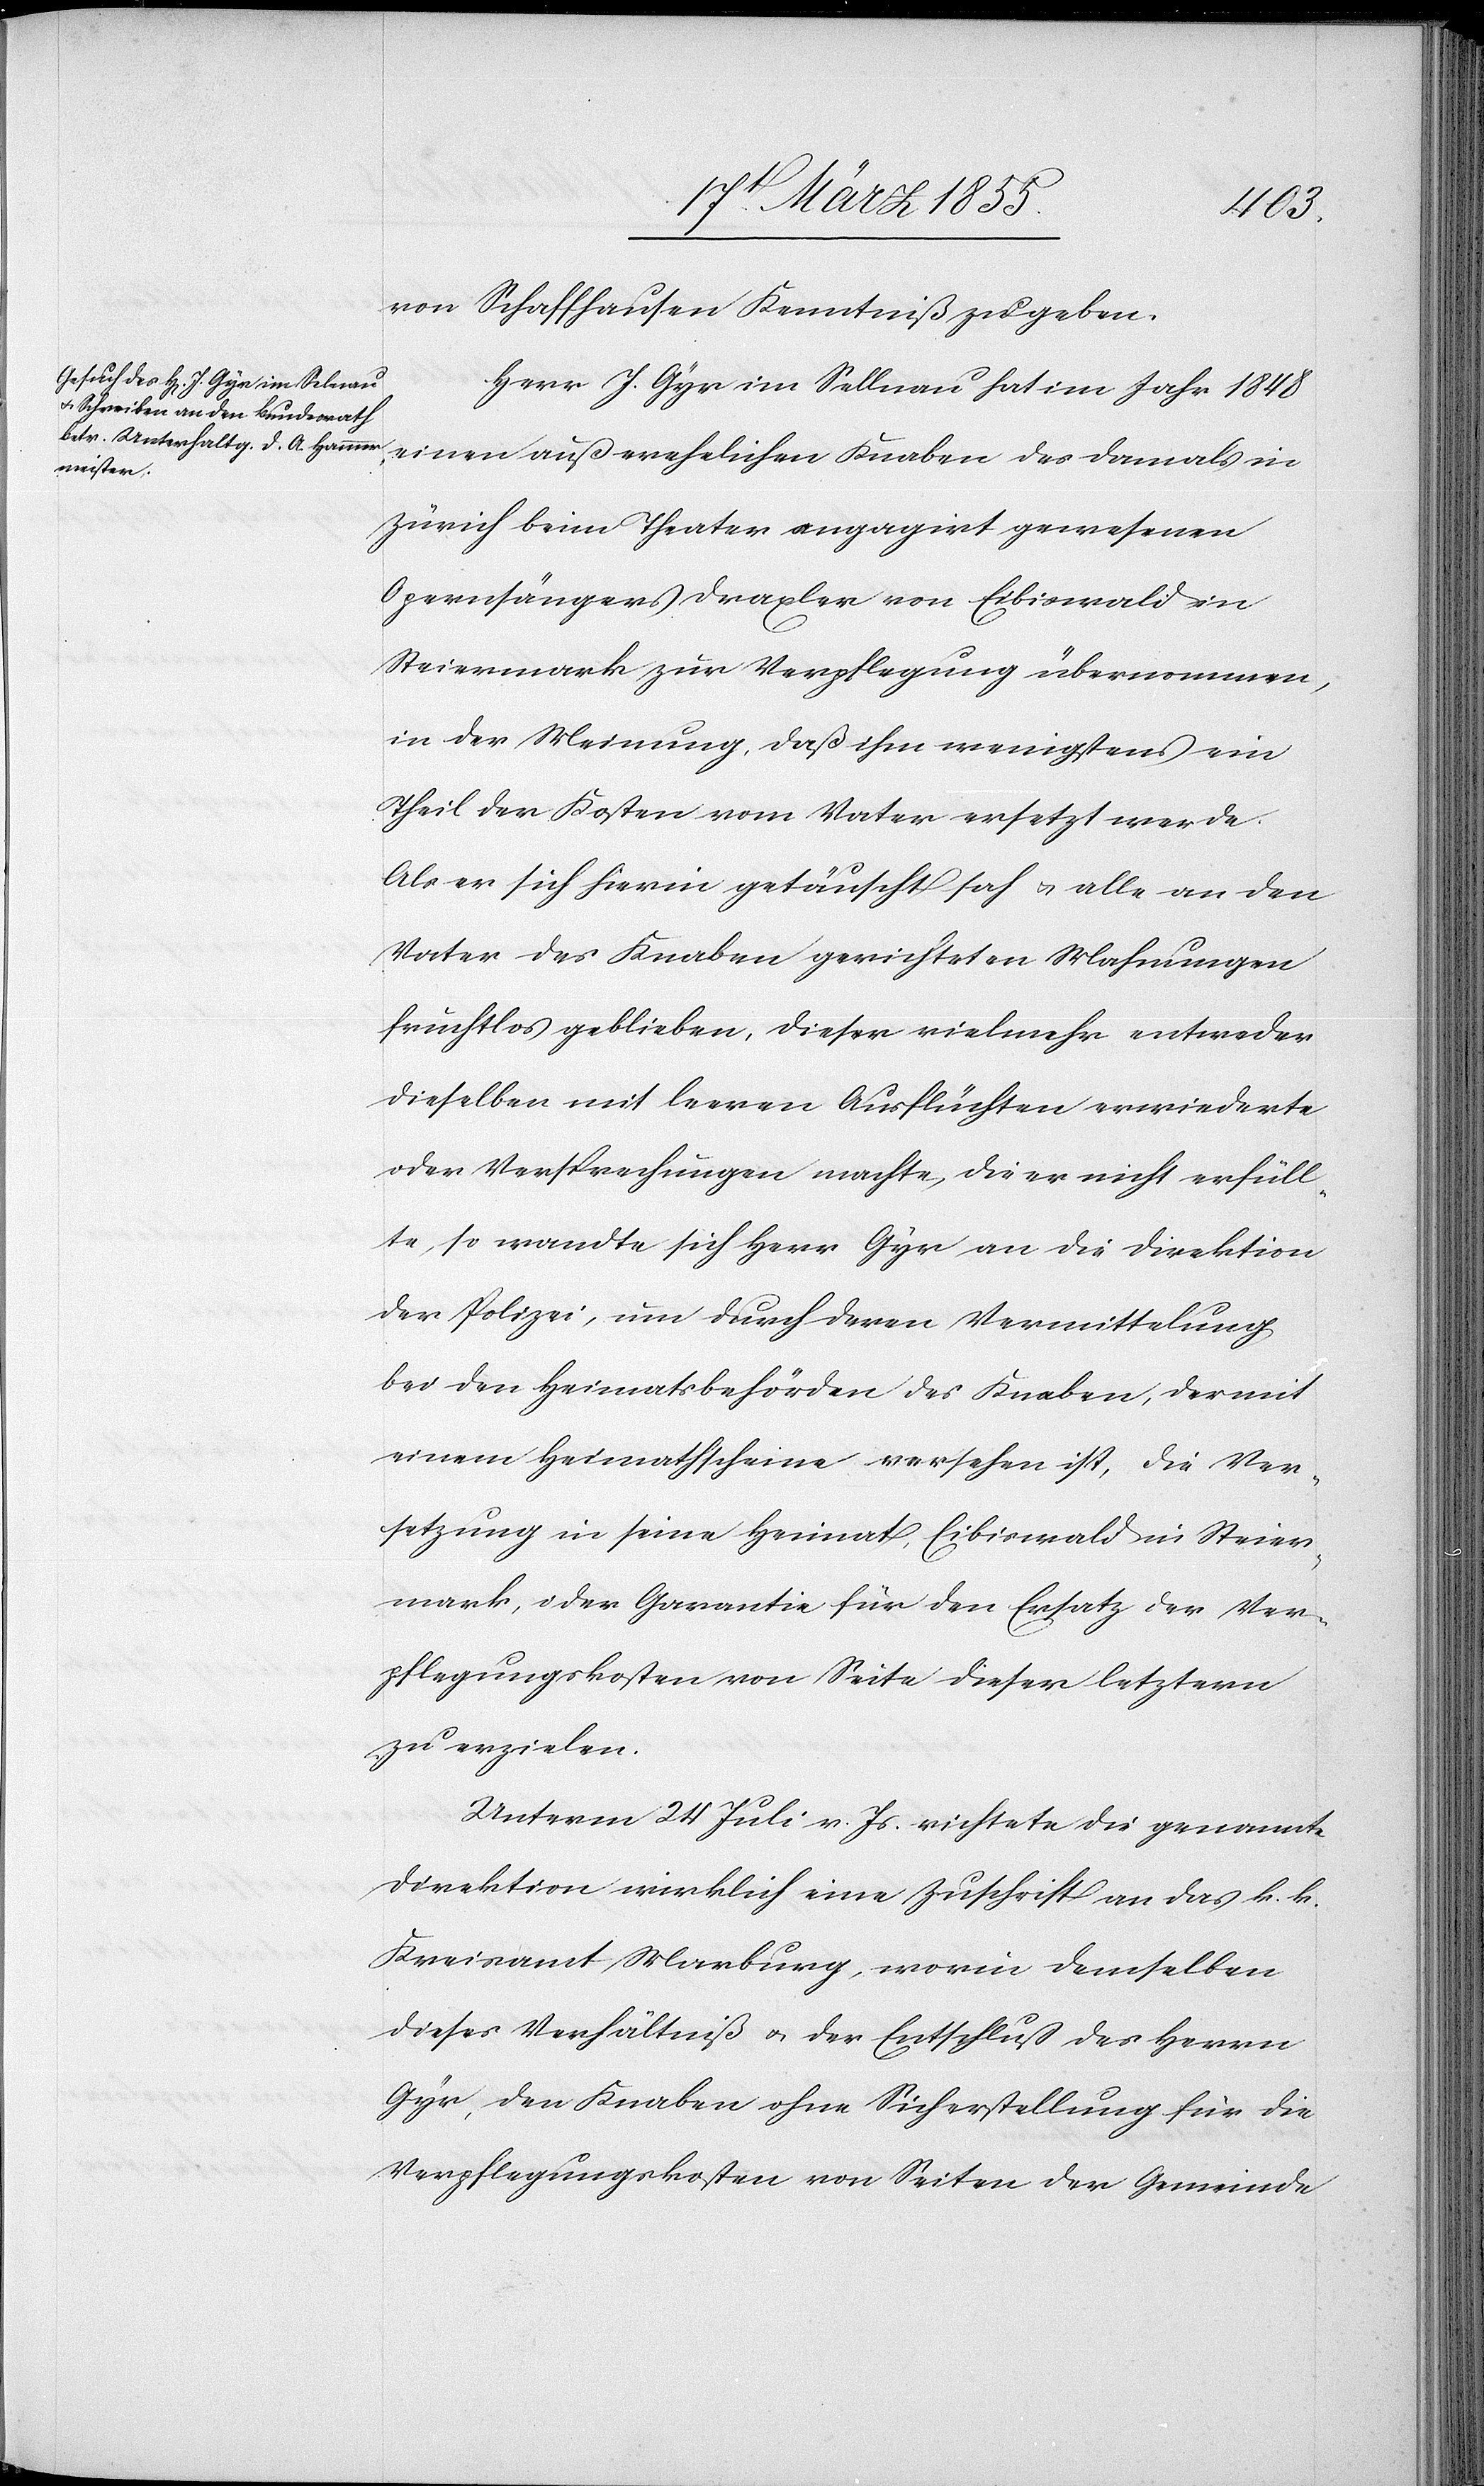
von Schaffhausen Kenntniß zu geben.
Herr J. Gyr im Sellnau hat im Jahr 1848
einen außerehelichen Knaben des damals in
Zürich beim Theater engagirt gewesenen
Opernsängers Draxler von Eibiswald in
Steiermark zur Verpflegung übernommen,
in der Meinung, daß ihm wenigstens ein
Theil der Kosten vom Vater ersetzt werde.
Als er sich hierin getäuscht sah & alle an den
Vater des Knaben gerichteten Mahnungen
fruchtlos geblieben, dieser vielmehr entweder
dieselben mit leeren Ausflüchten erwiederte
oder Versprechungen machte, die er nicht erfüll¬
te, so wandte sich Herr Gyr an die Direktion
der Polizei, um durch deren Vermittelung
bei den Heimatsbehörden des Knaben, der mit
einem Heimathscheine versehen ist, die Ver¬
setzung in seine Heimat, Eibiswald in Steier¬
mark, oder Garantie für den Ersatz der Ver¬
pflegungskosten von Seite dieser letztern
zu erzielen.
Unterm 24 Juli v. Js. richtete die genannte
Direktion wirklich eine Zuschrift an das k. k.
Kreisamt Marburg, worin demselben
dieses Verhältniß & der Entschluß des Herrn
Gyr, den Knaben ohne Sicherstellung für die
Verpflegungskosten von Seiten der Gemeinde